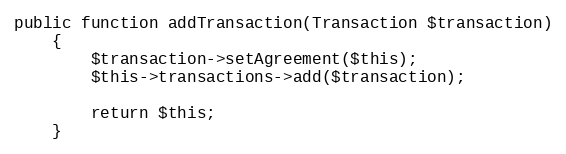
Language: PHP
public function addTransaction(Transaction $transaction)
    {
        $transaction->setAgreement($this);
        $this->transactions->add($transaction);

        return $this;
    }